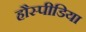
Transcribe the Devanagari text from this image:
हौस्पीडिया